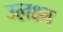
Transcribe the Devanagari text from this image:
उलक्ष्य